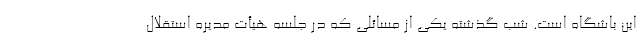
این باشگاه است. شب گذشته یکی از مسائلی که در جلسه هیأت مدیره استقلال